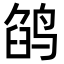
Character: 鹐